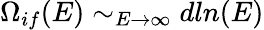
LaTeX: \Omega_{if}(E)\sim_{E\rightarrow\infty}dln(E)